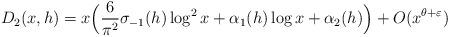
LaTeX: \begin{align*} D_{2}(x,h) = x \Big( \frac{6}{\pi^2} \sigma_{-1}(h) \log^2 x + \alpha_1(h) \log x + \alpha_2(h)\Big) + O(x^{\theta+\varepsilon})\end{align*}